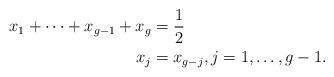
LaTeX: \begin{align*}x_1 + \cdots + x_{g-1} + x_g & = \frac{1}{2}\\x_j &= x_{g-j},j =1, \ldots, g-1.\end{align*}